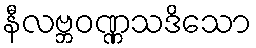
နီလဗ္ဘဝဏ္ဏသဒိသော